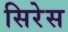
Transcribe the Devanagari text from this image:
सिरेस